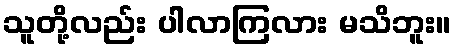
သူတို့လည်း ပါလာကြလား မသိဘူး။